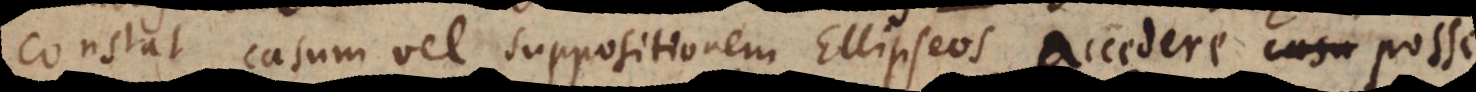
Constat casum vel suppositionem Ellipseos accedere posse